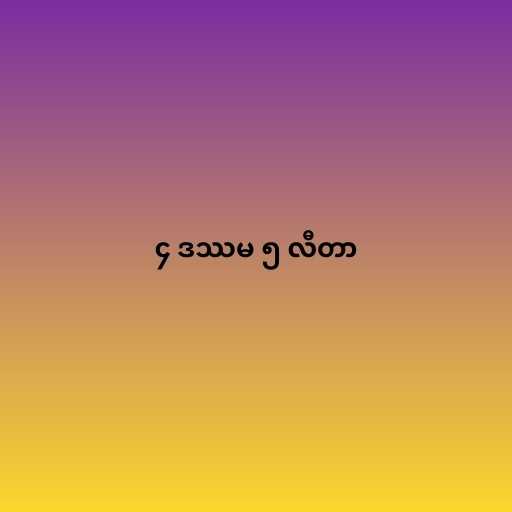
၄ ဒဿမ ၅ လီတာ